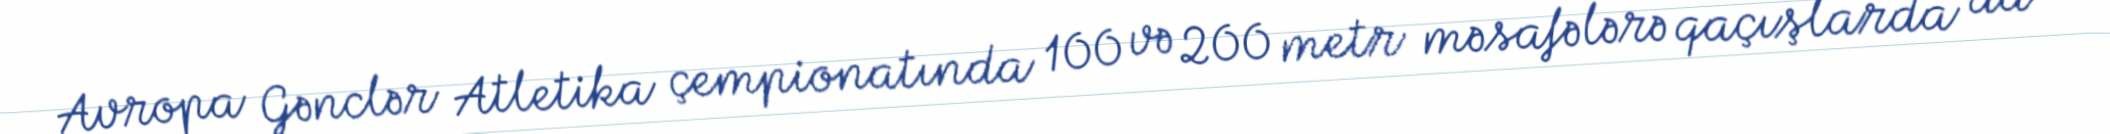
Avropa Gənclər Atletika çempionatında 100 və 200 metr məsafələrə qaçışlarda da